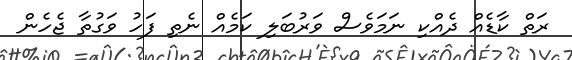
ރަތް ކާޑެއް ދެއްކި ނަމަވެސް ވަރުބަލި ކަމެއް ނެތި ފަހު ވަގުތާ ޖެހެން